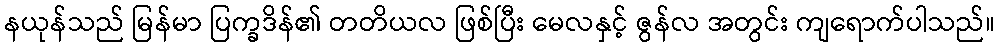
နယုန်သည် မြန်မာ ပြက္ခဒိန်၏ တတိယလ ဖြစ်ပြီး မေလနှင့် ဇွန်လ အတွင်း ကျရောက်ပါသည်။